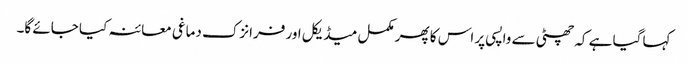
کہا گیا ہے کہ چھٹی سے واپسی پر اس کا پھر مکمل میڈیکل اور فرانزک دماغی معائنہ کیا جائے گا۔